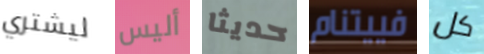
ليشتري أليس حديثا فييتنام كل